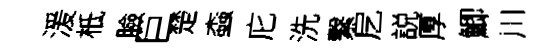
湲柢臉巨楚螙庀洗繋戹説厚鯽川